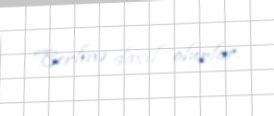
Berlinə daxil olurlar.